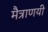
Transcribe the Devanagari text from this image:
मैत्राणयी